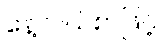
နေ့လယ်စာဖြင့်